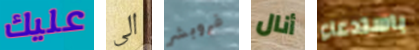
عليك الى فروبشر أنال باستدعاء